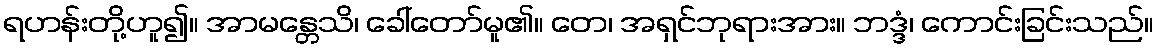
ရဟန်းတို့ဟူ၍။ အာမန္တေသိ၊ ခေါ်တော်မူ၏။ တေ၊ အရှင်ဘုရားအား။ ဘဒ္ဒံ၊ ကောင်းခြင်းသည်။